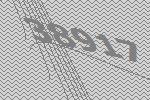
38917